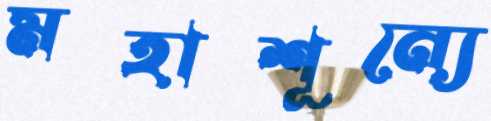
মহাশূন্যে